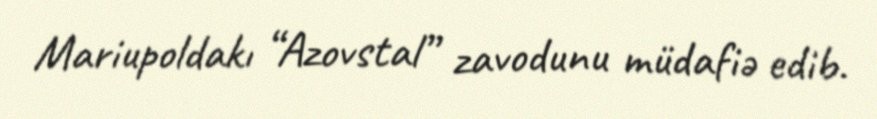
Mariupoldakı “Azovstal” zavodunu müdafiə edib.